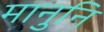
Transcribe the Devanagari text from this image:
मानुनि